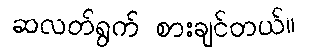
ဆလတ်ရွက် စားချင်တယ်။